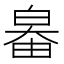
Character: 𤽻